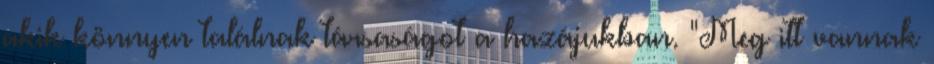
akik könnyen találnak társaságot a hazájukban. "Meg itt vannak